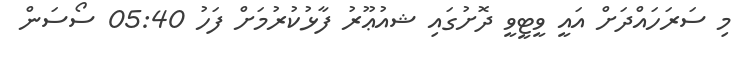
މި ސަރަހައްދަށް އައީ ވީޓީވީ ދޮށުގައި ޝއުޢޫރު ފާޅުކުރުމަށް ފަހު 05:40 ސޯސަން